Annual report on the mental hospital in the Central Provinces and Berar (Nagpur) - 1927-1951
Year: 1927
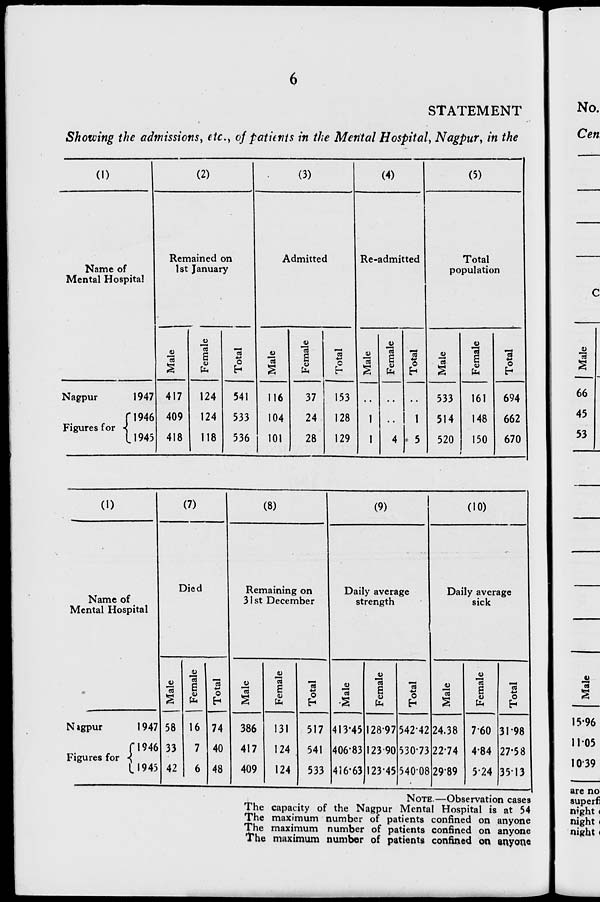
STATEMENT
Showing the admissions, etc., 0}patients in the Mental Hospital, Nagpur, in the
(1)
(2)
(3)
(4)
(5)
Name of
Mental Hospital
Remained on
1st January
Admitted
Re-admitted
Total
population
C
JO
13
a
u
13
6
fa
13
0
-1
3
13
s 0
fa
O
4)
13
a
1
1
13
6
fa
4
3
3
h
1
- 5
"8.
a
13
s s
fa
13
•M
O
W
a
66
45
53
Nagpur
1947
f 1946
Figures for •<
L1945
417
409
418
124
124
m
541
533
536
116
104
101
37
24
28
153
128
129
533
514
520
161
148
150
694
662
670
1
•
I
(0
(7)
(8)
(9)
(10)
Died
Remaining on
31st December
Daily average
strength
Daily average
sick
1
Name of
I
Mental Hospital
1
4>
13
Is
7 58
S 33
3 42
JU
s
fa
16
7
6
IS
+->
O
74
40
48
0)
13
a
13
£
fa
_
3
O
13
-a
0)
13
s
fa
13
O
a
JV
£ <u
fa
O
13
a
1
Nagpur
194'
1
("1941
1
Figures for \
1
L194
386
417
409
131
124
124
517
541
533
413-4
406*8
416-6
5 12897
3 123 90
3 123-45
542-4;
530-7:
54001
! 24.38
$22-74
3 2989
7*60
484
5-24
3198
27-58
3513
15-96
11-05
10-39
1
NOTE.—Observation cases
The capacity of the Nagpur Mental Hospital is at 54
The maximum number of patients confined on anyone
The maximum number of patients confined on anyone
The maximum number of patients confined on anyone